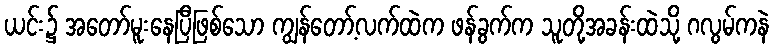
ယင်း၌ အတော်မူးနေပြီဖြစ်သော ကျွန်တော့်လက်ထဲက ဖန်ခွက်က သူတို့အခန်းထဲသို့ ဂလွမ်ကနဲ